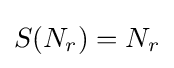
S(N_{r})=N_{r}